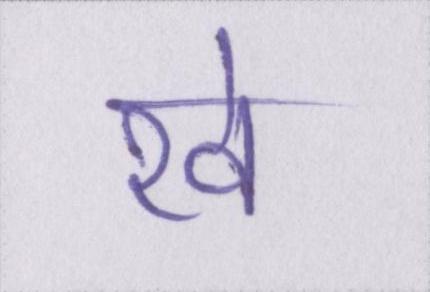
रवे